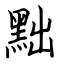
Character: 黜